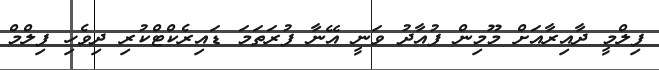
ފިލްމީ ދާއިރާއަށް މޫމިން ފުއާދު ވަނީ އޭނާ ފުރަތަމަ ޑައިރެކްޓްކުރި ދިވެހި ފިލްމް